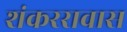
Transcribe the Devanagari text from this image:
शंकररावास